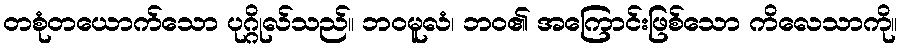
တစုံတယောက်သော ပုဂ္ဂိုလ်သည်။ ဘဝမူလံ၊ ဘဝ၏ အကြောင်းဖြစ်သော ကိလေသာကို။